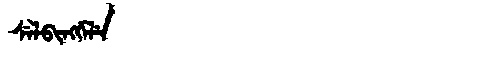
Manchu: ᠰᡝᠯᠪᡳᠩᡤᡝᠯᡝ
Romanization: SELBINGGELE